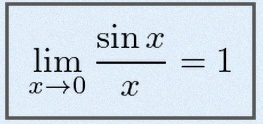
\lim_{x\to0}\frac{\sin x}{x}=1